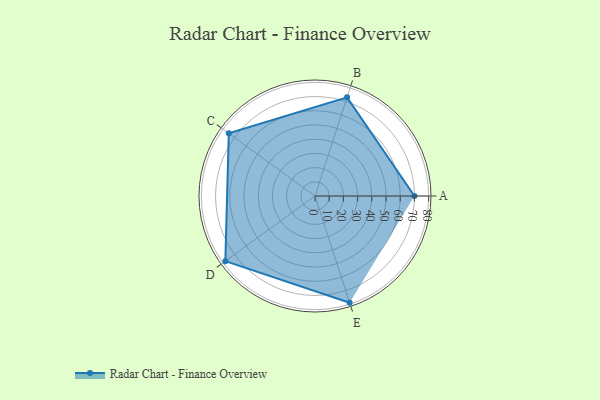
{"axis": {"x": "Skill", "y": "Score"}, "legend": ["Profile"], "data": [{"x": "A", "y": 70.0, "type": "Profile"}, {"x": "B", "y": 73.0, "type": "Profile"}, {"x": "C", "y": 75.0, "type": "Profile"}, {"x": "D", "y": 78.0, "type": "Profile"}, {"x": "E", "y": 79.0, "type": "Profile"}]}